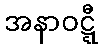
အနာဝဋ္ဋီ